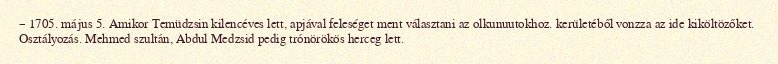
– 1705. május 5. Amikor Temüdzsin kilencéves lett, apjával feleséget ment választani az olkunuutokhoz. kerületéből vonzza az ide kiköltözőket. Osztályozás. Mehmed szultán, Abdul Medzsid pedig trónörökös herceg lett.